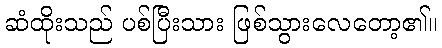
ဆံထိုးသည် ပစ်ပြီးသား ဖြစ်သွားလေတော့၏။